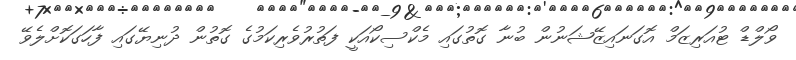
ވޯލްޑް ޓުއަރިޒަމް އޮގަނައިޒޭޝަނުން ބުނާ ގޮތުގައި މެކްސިކޯއަކީ ފަތުރުވެރިކަމުގެ ގޮތުން ދުނިޔޭގައި ފާހަގަކޮށްލެވޭ